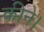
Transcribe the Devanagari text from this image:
कीने।